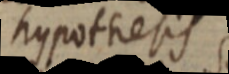
hypothesis